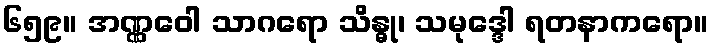
၆၅၉။ အဏ္ဏဝေါ သာဂရော သိန္ဓု၊ သမုဒ္ဒေါ ရတနာကရော။